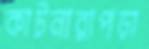
কাটনারাপড়া